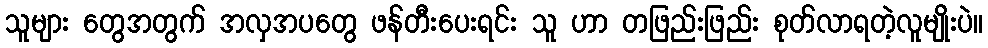
သူများ တွေအတွက် အလှအပတွေ ဖန်တီးပေးရင်း သူ ဟာ တဖြည်းဖြည်း စုတ်လာရတဲ့လူမျိုးပဲ။